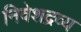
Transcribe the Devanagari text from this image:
निवेशद्रव्य